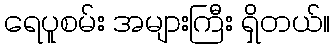
ရေပူစမ်း အများကြီး ရှိတယ်။